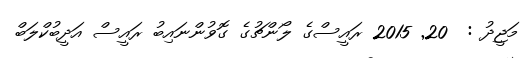
މަޖީދު :  20